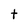
Character: t